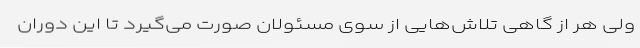
ولی هر از گاهی تلاش‌هایی از سوی مسئولان صورت می‌گیرد تا این دوران